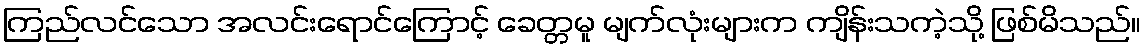
ကြည်လင်သော အလင်းရောင်ကြောင့် ခေတ္တမူ မျက်လုံးများက ကျိန်းသကဲ့သို့ ဖြစ်မိသည်။